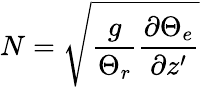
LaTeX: N=\sqrt{\frac{g}{\Theta_{r}}\frac{\partial\Theta_{e}}{\partial z^{\prime}}}